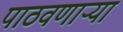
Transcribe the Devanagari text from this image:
पाठवणाऱ्या